Civil Veterinary Department Bihar & Orissa reports 1911-21 - 1911-1921
Year: 1911
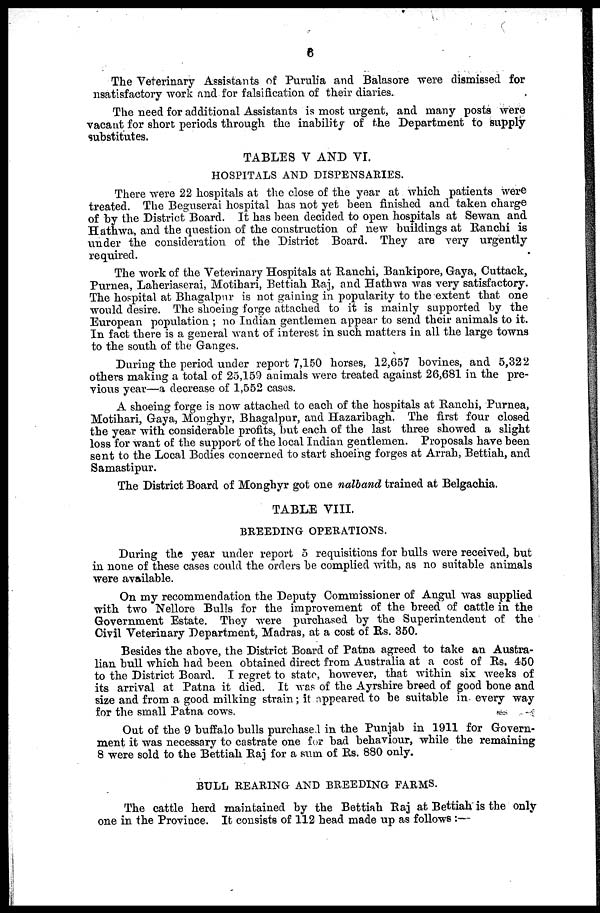
6
The Veterinary Assistants of Purulia and Balasore were dismissed for
nsatisfactory work and for falsification of their diaries.
The need for additional Assistants is most urgent, and many posts were
vacant for short periods through the inability of the Department to supply
substitutes.
TABLES V AND VI.
HOSPITALS AND DISPENSARIES.
There were 22 hospitals at the close of the year at which patients were
treated. The Beguserai hospital has not yet been finished and taken charge
of by the District Board. It has been decided to open hospitals at Sewan and
Hathwa, and the question of the construction of new buildings at Ranchi is
under the consideration of the District Board. They are very urgently
required.
The work of the Veterinary Hospitals at Ranchi, Bankipore, Gaya, Cuttack,
Purnea-, Laheriaserai, Motihari, Bettiah Raj, and Hathwa was very satisfactory.
The hospital at Bhagalpur is not gaining in popularity to the extent that one
would desire. The shoeing forge attached to it is mainly supported by the
European population ; no Indian gentlemen appear to send their animals to it.
In fact there is a general want of interest in such matters in all the large towns
to the south of the Ganges.
During the period under report 7,150 horses, 12,657 bovines, and 5,322
others making a total of 25,159 animals were treated against 26,681 in the pre-
vious year—a decrease of 1,552 cases.
A shoeing forge is now attached to each of the hospitals at Ranchi, Purnea,
Motihari, Gaya, Monghyr, Bhagalpur, and Hazaribagh. The first four closed
the year with considerable profits, but each of the last three showed a slight
loss for want of the support of the local Indian gentlemen. Proposals have been
sent to the Local Bodies concerned to start shoeing forges at Arrah, Bettiah, and
Samastipur.
The District Board of Monghyr got one nalband trained at Belgachia.
TABLE VIII.
BREEDING OPERATIONS.
During the year under report 5 requisitions for bulls were received, but
in none of these cases could the orders be complied with, as no suitable animals
were available.
On my recommendation the Deputy Commissioner of Angul was supplied
with two Nellore Bulls for the improvement of the breed of cattle in the
Government Estate. They were purchased by the Superintendent of the
Civil Veterinary Department, Madras, at a cost of Rs. 350.
Besides the above, the District Board of Patna agreed to take an Austra-
lian bull which had been obtained direct from Australia at a cost of Rs. 450
to the District Board. I regret to state, however, that within six weeks of
its arrival at Patna it died. It was of the Ayrshire breed of good bone and
size and from a good milking strain; it appeared to be suitable in every way
for the small Patna cows.
Out of the 9 buffalo bulls purchased in the Punjab in 1911 for Govern-
ment it was necessary to castrate one for bad behaviour, while the remaining
8 were sold to the Bettiah Raj for a sum of Rs. 880 only.
BULL REARING AND BREEDING FARMS.
The cattle herd maintained by the Bettiah Raj at Bettiah is the only
one in the Province. It consists of 112 head made up as follows :—